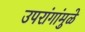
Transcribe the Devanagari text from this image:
उपरांगांमुळे